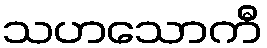
သဟသောကီ